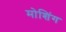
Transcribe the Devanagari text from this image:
मोशिंग